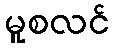
မူစလင်